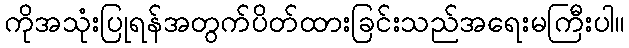
ကိုအသုံးပြုရန်အတွက်ပိတ်ထားခြင်းသည်အရေးမကြီးပါ။